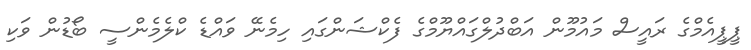
ޕީޕީއެމްގެ ރައީސް މައުމޫން އަބްދުލްގައްޔޫމްގެ ފެކްޝަންގައި ހިމެނޭ ވައްޑެ ކްލެމެންސީ ބޯޑުން ވަކި